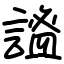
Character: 謐